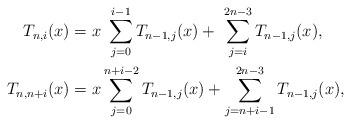
LaTeX: \begin{align*}T_{n,i}(x) & = x\ \sum_{j=0}^{i-1}T_{n-1,j}(x)+ \ \sum_{j=i}^{2n-3}T_{n-1,j}(x),\\T_{n,n+i}(x) & = x \sum_{j=0}^{n+i-2}T_{n-1,j}(x)+ \sum_{j=n+i-1}^{2n-3}T_{n-1,j}(x),\end{align*}